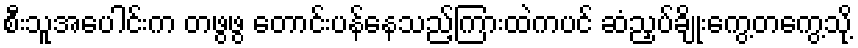
စီးသူအပေါင်းက တဖွဖွ တောင်းပန်နေသည့်ကြားထဲကပင် ဆံညှပ်ချိုးကွေ့တကွေ့သို့